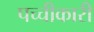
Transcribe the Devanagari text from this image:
पच्‍चीकारी